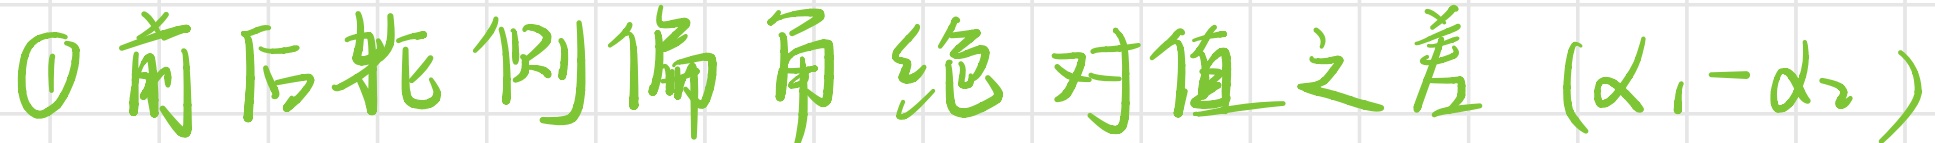
\textcircled{1}前后轮侧偏角绝对值之差 $(\alpha_1 - \alpha_2)$